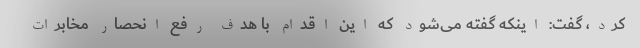
کرد، گفت: اینکه گفته می‌شود که این اقدام با هدف رفع انحصار مخابرات